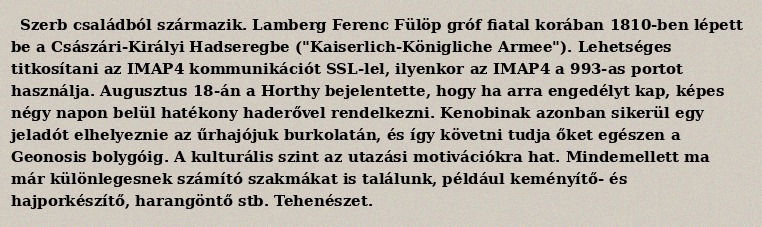
Szerb családból származik. Lamberg Ferenc Fülöp gróf fiatal korában 1810-ben lépett be a Császári-Királyi Hadseregbe ("Kaiserlich-Königliche Armee"). Lehetséges titkosítani az IMAP4 kommunikációt SSL-lel, ilyenkor az IMAP4 a 993-as portot használja. Augusztus 18-án a Horthy bejelentette, hogy ha arra engedélyt kap, képes négy napon belül hatékony haderővel rendelkezni. Kenobinak azonban sikerül egy jeladót elhelyeznie az űrhajójuk burkolatán, és így követni tudja őket egészen a Geonosis bolygóig. A kulturális szint az utazási motivációkra hat. Mindemellett ma már különlegesnek számító szakmákat is találunk, például keményítő- és hajporkészítő, harangöntő stb. Tehenészet.